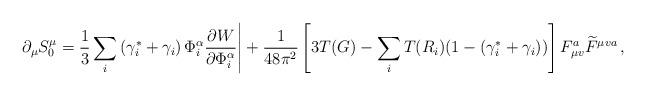
LaTeX: \begin{align*} \partial_{\mu} S^{\mu}_0 = \frac{1}{3} \sum_i \left( \gamma^{\ast}_i + \gamma_i \right) \Phi^{\alpha}_i \frac{\partial W}{\partial \Phi^{\alpha}_i} \Bigg| + \frac{1}{48 \pi^2} \left[ 3T (G) - \sum_i T(R_i) (1-(\gamma^{\ast}_i + \gamma_i)) \right] F^a_{\mu v} \widetilde{F}^{\mu va} \, ,\end{align*}